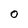
Character: 0